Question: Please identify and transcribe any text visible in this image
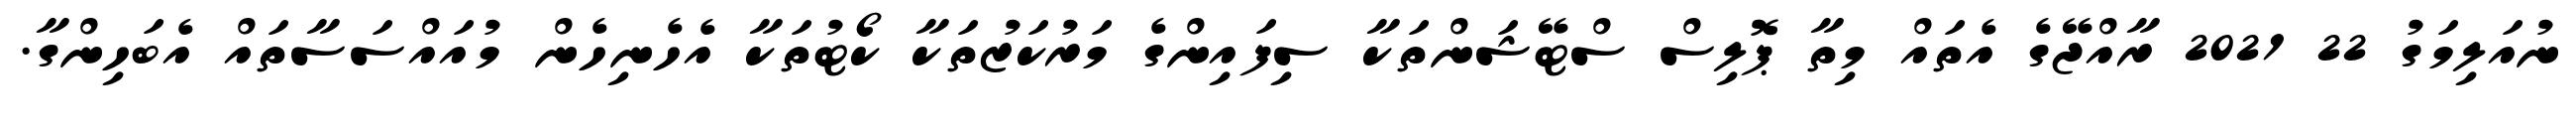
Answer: ނުއަލިމަގު 22 2021 ރާއްޖޭގެ އެތައް މިތާ ޕޮލިސް ސްޓޭޝަންތަކާ ސިފައިންގެ މަރުކަޒުތަކާ ކޯޓުތަކާ އެހެނިހެން މުއައްސަސާތައް އެބަހިންގާ.